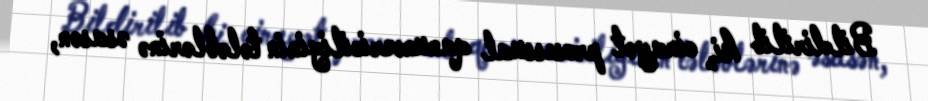
Bildirilib ki, cinayət prosessual qanunvericiliyinin tələblərinə əsasən,